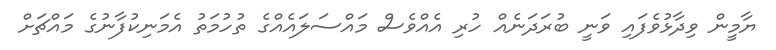
ޔާމީން ވިދާޅުވެފައި ވަނީ ބުރަދަނެއް ހުރި އެއްވެސް މައްސަލައެއްގެ ތުހުމަތު އެމަނިކުފާނުގެ މައްޗަށް